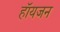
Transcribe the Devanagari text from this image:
हॉयजन